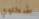
شكاوي